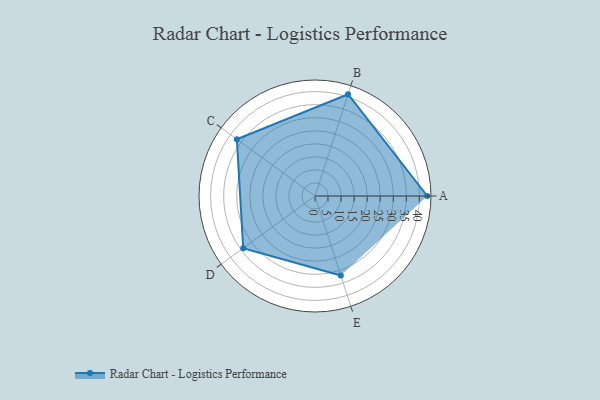
{"axis": {"x": "Skill", "y": "Score"}, "legend": ["Profile"], "data": [{"x": "A", "y": 43.0, "type": "Profile"}, {"x": "B", "y": 41.0, "type": "Profile"}, {"x": "C", "y": 37.0, "type": "Profile"}, {"x": "D", "y": 34.0, "type": "Profile"}, {"x": "E", "y": 32.0, "type": "Profile"}]}